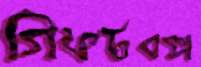
গিফটবক্স